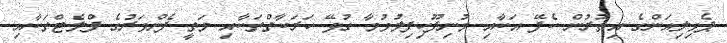
ޕެވިލިއަންގެ އިތުރުން ކެފޭ އަކާއި މުނިފޫހިފިލުވުމާ ގުޅޭ ހަރަކާތްތަކާއި މަތީ ފެންވަރުގެ ފްލެޓްތަކާއި